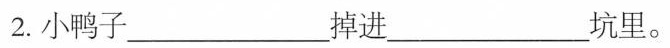
2.小鸭子______掉进_____坑里。